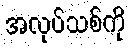
အလုပ်သစ်ကို